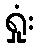
ရှုံး